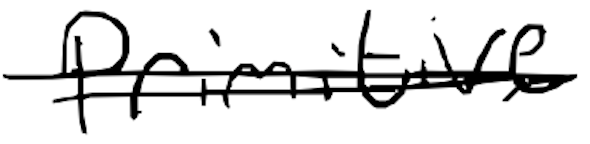
Text: primitive
Cross-out: double-line
Writing tool: digital_black